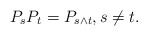
\begin{align*}P_s P_t = P_{s \wedge t}, s \not= t. \end{align*}